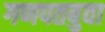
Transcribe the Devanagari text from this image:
गणपतबुवा